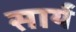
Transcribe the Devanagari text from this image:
सार्य